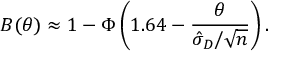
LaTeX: B ( \theta ) \approx 1 - \Phi \left( 1 . 6 4 - { \frac { \theta } { { \hat { \sigma } } _ { D } / { \sqrt { n } } } } \right) .